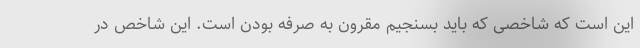
این است که شاخصی که باید بسنجیم مقرون به صرفه بودن است. این شاخص در